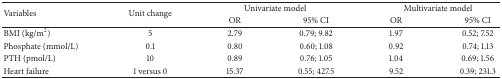
| <ROWSPAN=2> Variables | <ROWSPAN=2> Unit change | <COLSPAN=2> Univariate model | <COLSPAN=2> Multivariate model |
 | OR | 95% CI | OR | 95% CI |
 | --- | --- | --- | --- | --- | --- |
 | BMI (kg/m2) | 5 | 2.79 | 0.79; 9.82 | 1.97 | 0.52; 7.52 |
 | Phosphate (mmol/L) | 0.1 | 0.80 | 0.60; 1.08 | 0.92 | 0.74; 1.13 |
 | PTH (pmol/L) | 10 | 0.89 | 0.76; 1.05 | 1.04 | 0.69; 1.56 |
 | Heart failure | 1 versus 0 | 15.37 | 0.55; 427.5 | 9.52 | 0.39; 231.3 |